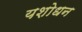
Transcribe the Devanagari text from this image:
यशोधन